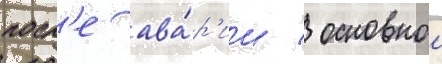
посл'е ава́р'ии / основнои